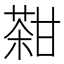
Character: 𤯊